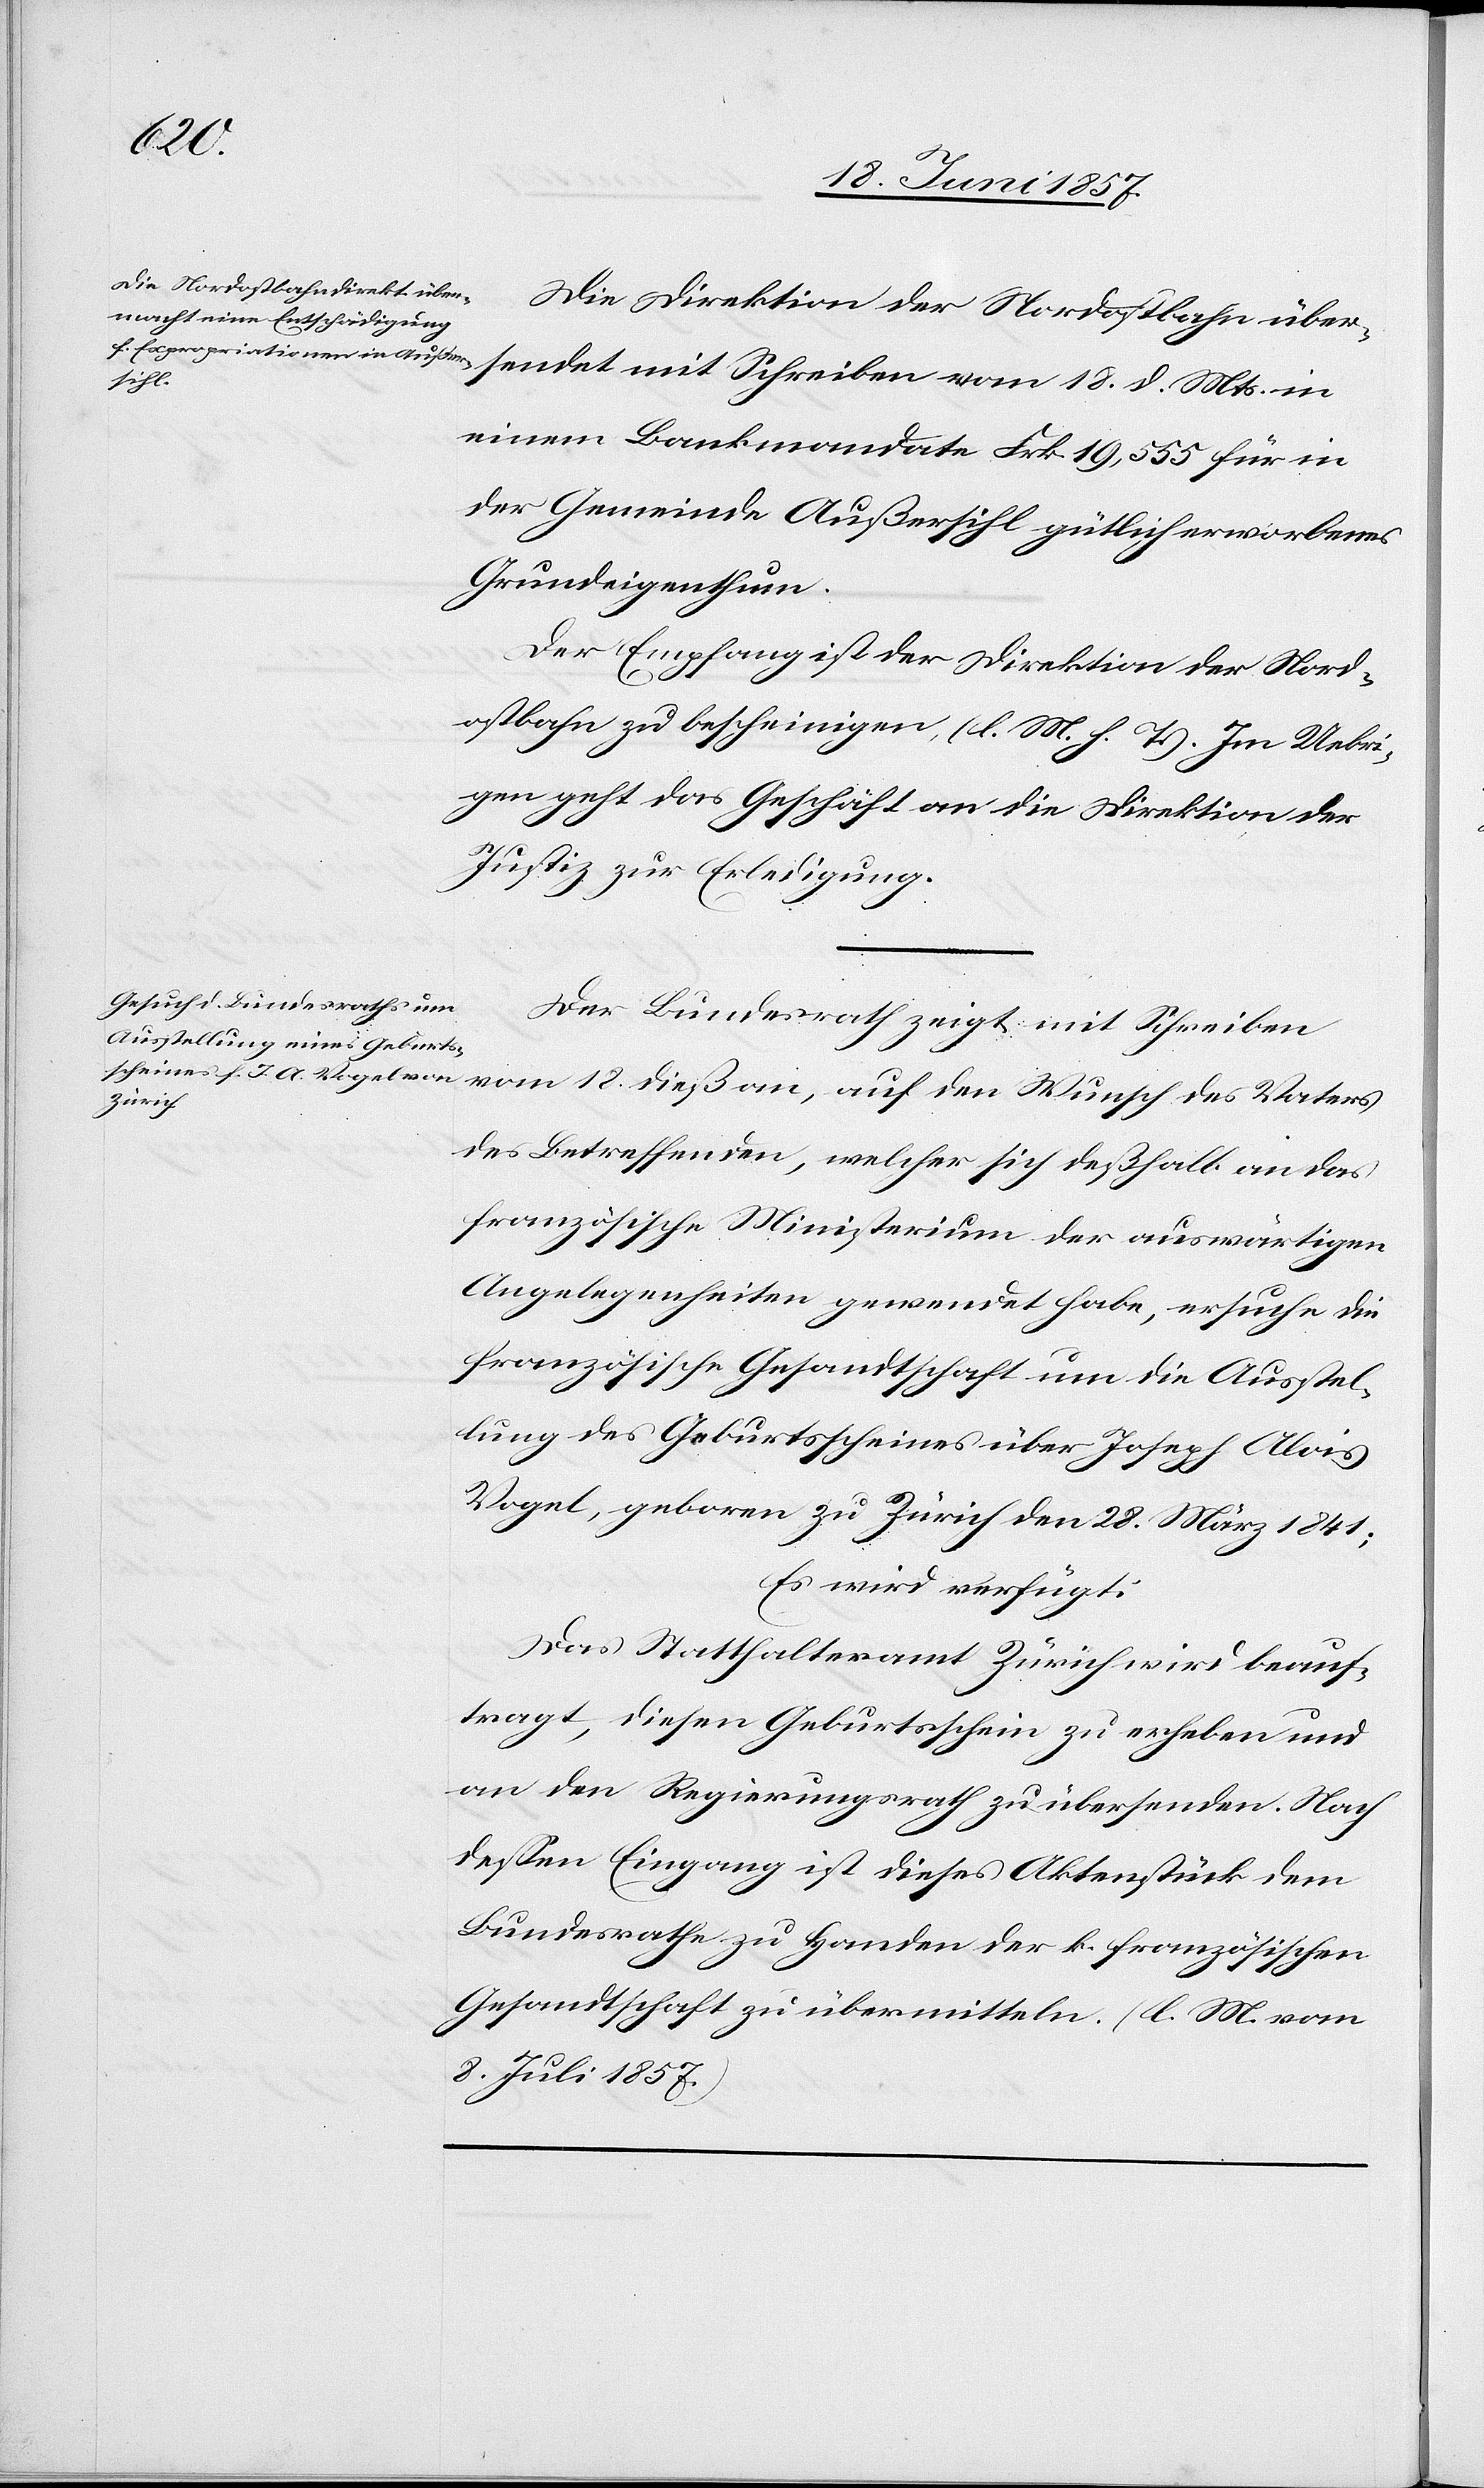
d. Mts.
20 Juni 1857.]
Die Direktion der Nordostbahn über¬
einem Bankmandate Frk. 19,555 für in
der Gemeinde Außersihl gütlich erworbenes
Grundeigenthum.
Der Empfang ist der Direktion der Nord¬
ostbahn zu bescheinigen [l. M. h. T]. Im Uebri¬
gen geht das Geschäft an die Direktion der
Justiz zur Erledigung.
Der Bundesrath zeigt mit Schreiben
vom 18 dieß an, auf den Wunsch des Vaters
des Betreffenden, welcher sich deßhalb an das
französische Ministerium der auswärtigen
Angelegenheiten gewendet habe, ersuche die
französische Gesandtschaft um die Ausstel¬
lung des Geburtsscheines über Joseph Alois
Vogel, geboren zu Zürich den 28 März 1841;
Es wird verfügt:
Das Statthalteramt Zürich wird beauf¬
tragt, diesen Geburtsschein zu erheben und
an den Regierungsrath zu übersenden. Nach
dessen Eingang ist dieses Aktenstück dem
Bundesrathe zu Handen der k. französischen
Gesandtschaft zu übermitteln. [l. M. vom
8 Juli 1857.]